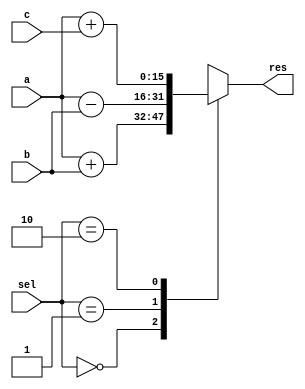
module opt_share_test(
  input [15:0]      a,
  input [15:0]      b,
  input [15:0]      c,
  input [1:0]       sel,
  output reg [15:0] res
  );

  always @* begin
    case(sel)
      0: res = a + b;
      1: res = a - b;
      2: res = a + c;
      default: res = 16'bx;
    endcase
  end

endmodule